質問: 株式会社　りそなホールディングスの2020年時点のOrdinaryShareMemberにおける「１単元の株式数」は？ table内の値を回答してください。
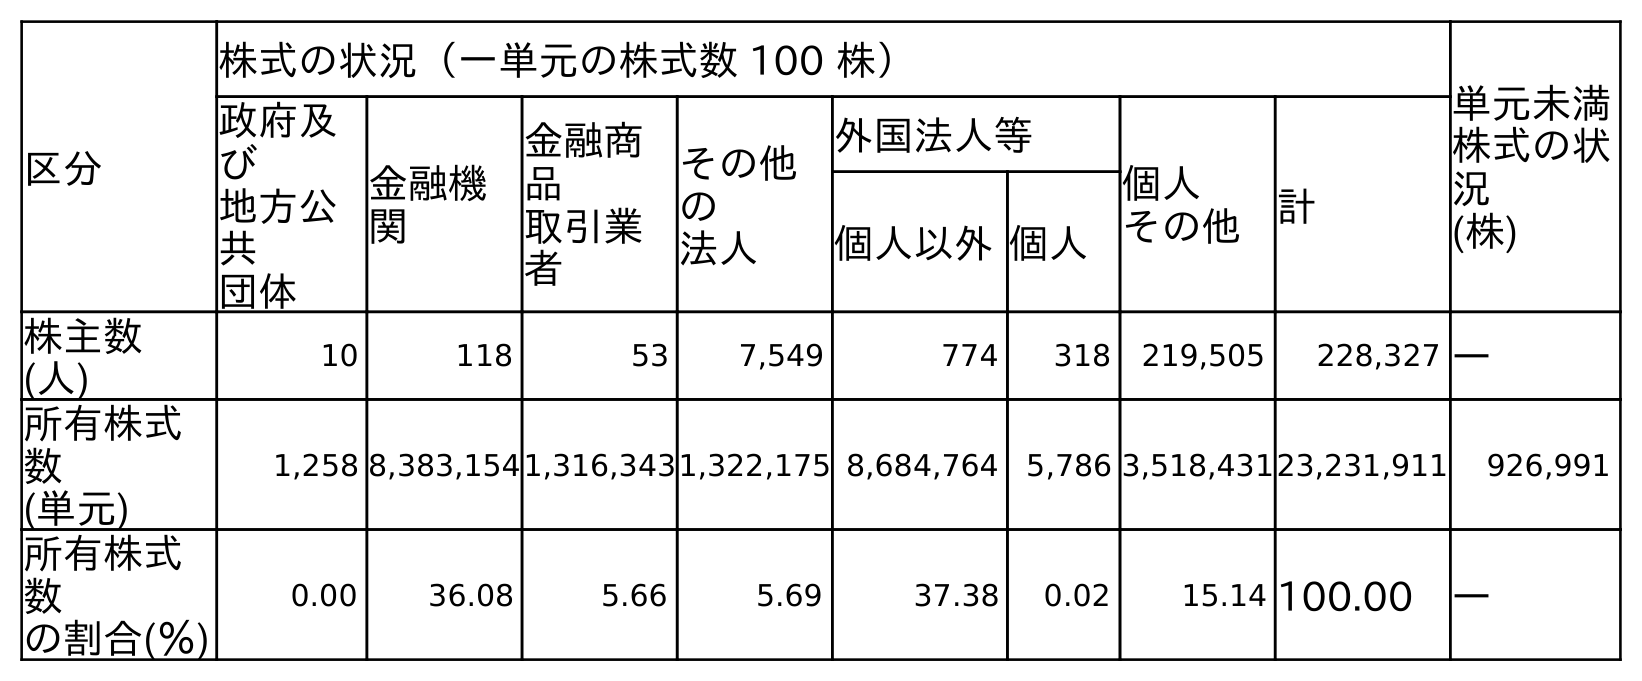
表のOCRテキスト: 区分 株式の状況（一単元の株式数 100 株） 単元未満 株式の状 況 (株) 政府及 び 地方公 共 団体 金融機 関 金融商 品 取引業 者 その他 の 法人 外国法人等 個人 その他 計 個人以外個人 株主数 (人) 10 118 53 7,549 774 318 219,505 228,327 ― 所有株式 数 (単元) 1,258 8,383,1541,316,3431,322,175 8,684,764 5,786 3,518,43123,231,911 926,991 所有株式 数 の割合(％) 0.00 36.08 5.66 5.69 37.38 0.02 15.14 100.00 ―
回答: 株式の状況（一単元の株式数100株）